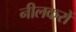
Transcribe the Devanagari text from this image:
नीलकरों